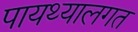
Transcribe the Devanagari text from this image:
पायथ्यालगत